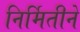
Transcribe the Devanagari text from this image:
निर्मितीने